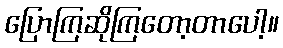
ပြောကြဆိုကြတော့တာပေါ့။